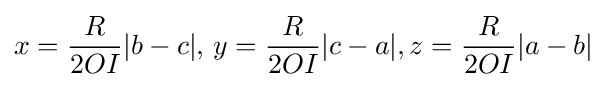
x={\frac {R}{2OI}}|b-c|,\,y={\frac {R}{2OI}}|c-a|,z={\frac {R}{2OI}}|a-b|